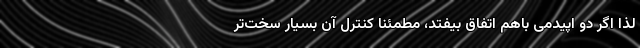
لذا اگر دو اپیدمی باهم اتفاق بیفتد، مطمئناً کنترل آن بسیار سخت‌تر